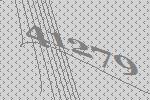
41279